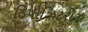
ડિપોઝિટરીઝ